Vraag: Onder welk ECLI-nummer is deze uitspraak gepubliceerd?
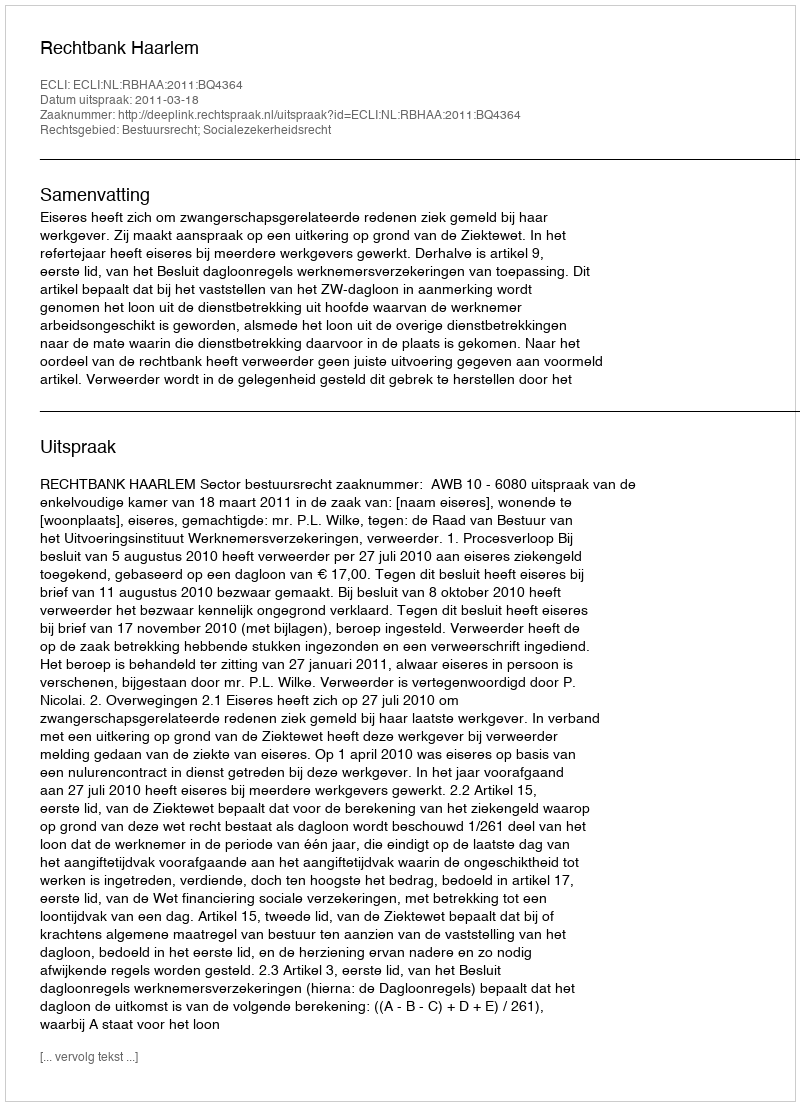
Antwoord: ECLI:NL:RBHAA:2011:BQ4364